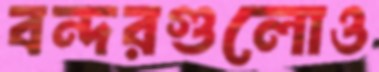
বন্দরগুলোও